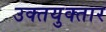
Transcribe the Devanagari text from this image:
उक्तयुक्तार